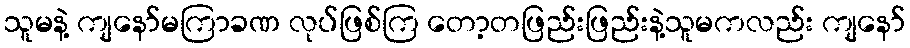
သူမနဲ့ ကျနော်မကြာခဏ လုပ်ဖြစ်ကြ တော့တဖြည်းဖြည်းနဲ့သူမကလည်း ကျနော်